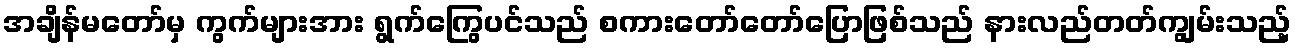
အချိန်မတော်မှ ကွက်များအား ရွက်ကြွေပင်သည် စကားတော်တော်ပြောဖြစ်သည် နားလည်တတ်ကျွမ်းသည့်